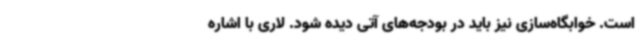
است. خوابگاه‌سازی نیز باید در بودجه‌های آتی دیده شود. لاری با اشاره